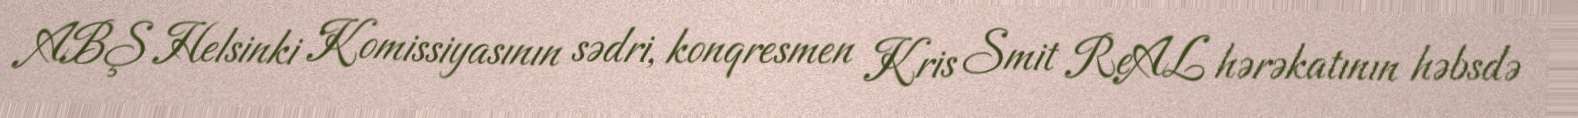
ABŞ Helsinki Komissiyasının sədri, konqresmen Kris Smit ReAL hərəkatının həbsdə